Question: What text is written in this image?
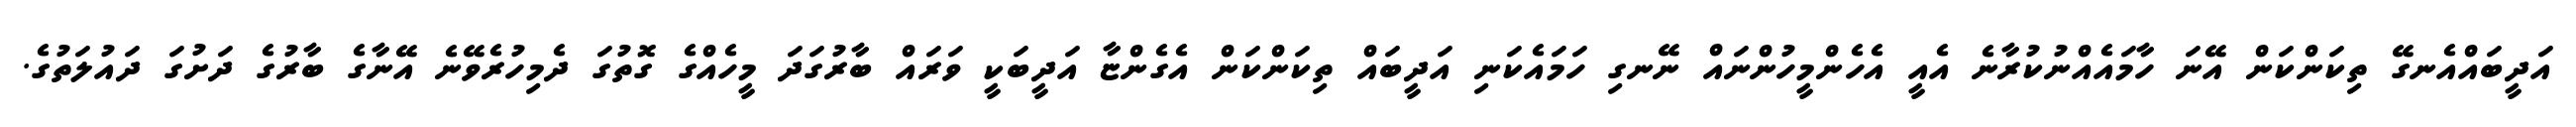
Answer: އަދީބައްއެނގޭ ތިކަންކަން އޭނަ ހާމައެއްނުކުރާނެ އެއީ އެހެންމީހުންނައް ނޭނގި ހަމައެކަނި އަދީބައް ތިކަންކަން އެގެންޏާ އަދީބަކީ ވަރައް ބާރުގަދަ މީހެއްގެ ގޮތުގަ ދެމިހުރެވޭނެ އޭނާގެ ބާރުގެ ދަށުގަ ދައުލަތުގެ.